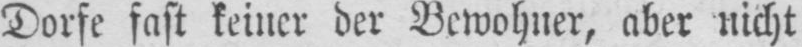
Dorfe fast keiner der Bewohner, aber nicht